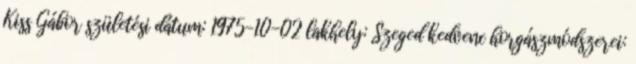
Kiss Gábor születési dátum: 1975-10-02 lakhely: Szeged kedvenc horgászmódszerei: